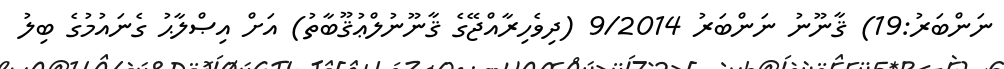
ނަންބަރު:19) ޤާނޫނު ނަންބަރު 9/2014 (ދިވެހިރާއްޖޭގެ ޤާނޫނުލްޢުޤޫބާތު) އަށް އިޞްލާޙު ގެނައުމުގެ ބިލު